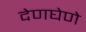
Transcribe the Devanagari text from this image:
देणघेणे